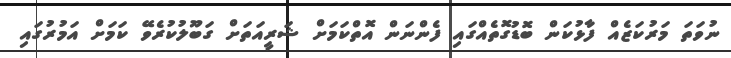
ނުވަތަ މަރުކަޒެއް ފާޅުކަން ބޮޑުގޮތެއްގައި ފެންނަން އޮތްކަމަށް ޝަރީއަތަށް ގަބޫލުކުރެވޭ ކަމަށް އަމުރުގައި